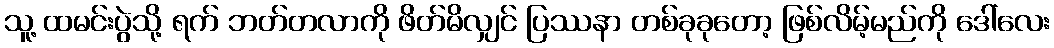
သူ့ ထမင်းပွဲသို့ ရက် ဘတ်တလာကို ဖိတ်မိလျှင် ပြဿနာ တစ်ခုခုတော့ ဖြစ်လိမ့်မည်ကို ဒေါ်လေး